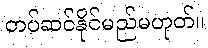
တပ်ဆင်နိုင်မည်မဟုတ်။